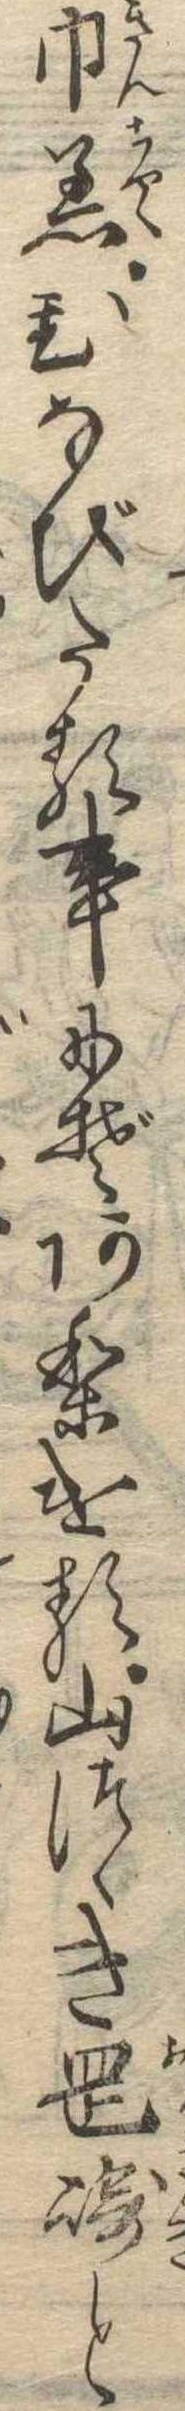
巾着ひなびたる事にぞありける山つゞき岡崎と